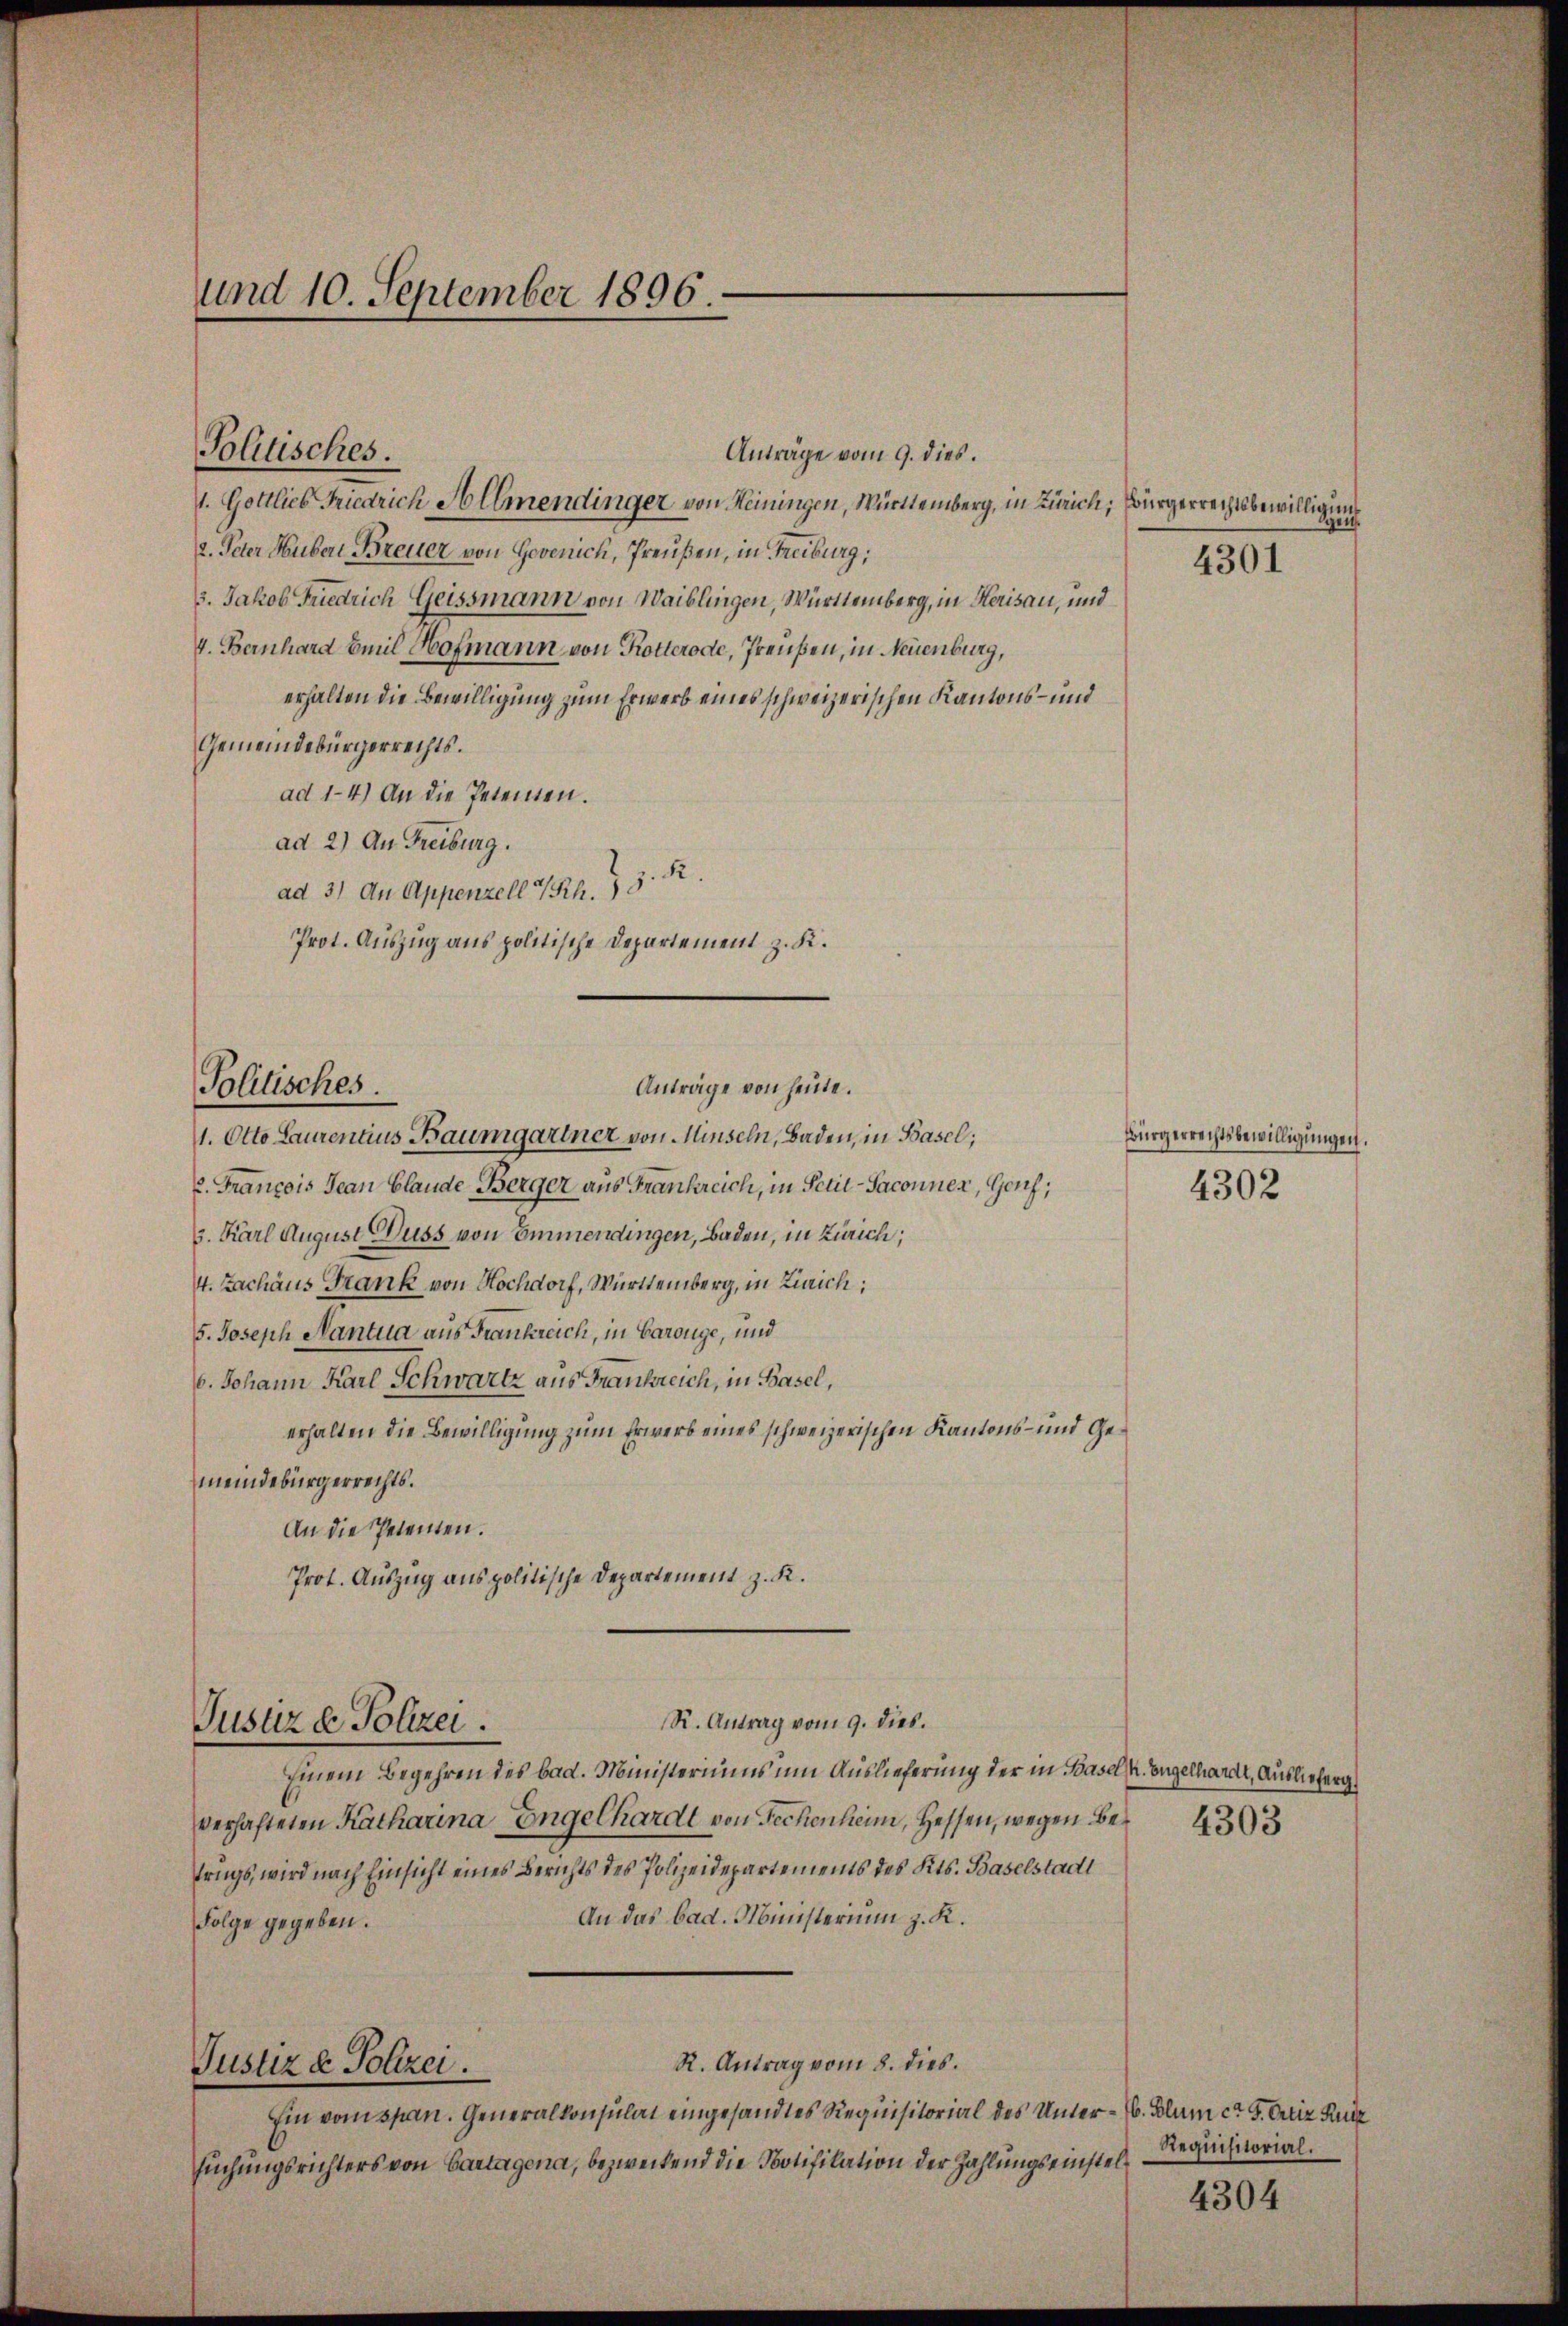
und 10. September 1896.

Politisches.

Anträge vom 9. dies.
1. Gottlieb Friedrich Allmendinger von Meiningen, Württemberg, in Zürich, Bürgerrechtsbewilligung¬
2. Peter Huber Breuer von Govenich, Preußen, in Freiburg,
3. Jakob Friedrich Geissmann von Waiblingen, Württemberg, in Herisau, und
4. Bernhard Emil Hofmann, von Rotterode, Preußen, in Neuenburg,
erhalten die Bewilligung zum Erwerb eines schweizerischen Kantons - und
Gemeindebürgerrechts.
ad 1-4.) An die Petenten.
ad 2) An Freiburg.
ad 3) An Appenzell I/Rh. 78. 22.
Prot. Auszug aus politische Departement z. K.
E. Francois Jean blande Berger aus Frankreich, in Petit-Saconner, Genf;
3. Karl August Duss von Emmendingen, Baden, in Zürich;
4. Zachaus Frank von Hochdorf, Württemberg, in Zürich;
5. Joseph Mantua aus Frankreich, in Baronge, und
6. Johann Karl Schwartz aus Frankreich, in Basel,
erhalten die Bewilligung zum Erwerb eines schweizerischen Kantons- und Gemeindebürgerrechts.
An die Petenten.
Prot. Auszug aus politische Departement z. K.
R. Antrag vom 9. dies.
Justiz & Polizei
Einem Begehren des bad. Ministeriums um Auslieferung der in Basel h. Engelhardt, Auslieferg
verhafteten Katharina Engelhardt von Fechenheim, Hessen, wegen Betrugs, wird nach Einsicht eines Berichts des Polizeidepartements des Kts. Baselstadt
An das bad. Ministerium z. K.
Folge gegeben.
R. Antrag vom 8. dies.
Justiz & Polizei.
Ein vom span. Generalkonsulat eingesandtes Requisitorial des Unter-B. Blum ca 3. Antiz Ra
suchungsrichters von Cartagena, bezweifend die Potifikation der Zahlungseinstel¬

Anträge von heute.
Politisches.
11. Otto Laurentius Baumgartner von Minseln, Baden, in Basel;

geich.

4301

Bürgerrechtsbewilligungen.
4302

4303

Requisitorial.

4304